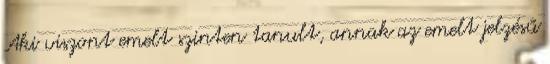
Aki viszont emelt szinten tanult, annak az emelt jelzésű